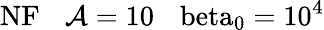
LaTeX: \mathrm{{NF}\: \: \: \: \mathcal{A}=10\: \: \: \ beta_{0}=10^{4}}